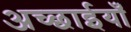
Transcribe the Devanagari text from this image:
अच्छाईयाँ